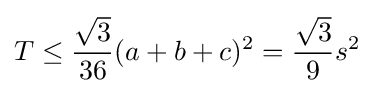
T\leq {\frac {\sqrt {3}}{36}}(a+b+c)^{2}={\frac {\sqrt {3}}{9}}s^{2}